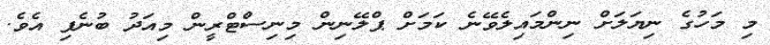
މި މަހުގެ ނިޔަލަށް ނިންމައިލެވޭނެ ކަމަށް ޕްލޭނިން މިނިސްޓްރީން މިއަދު ބުނެފި އެވެ.